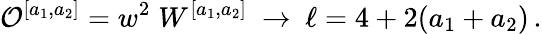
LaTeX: {\cal O}^{[a_{1},a_{2}]}=w^{2}\; W^{[a_{1},a_{2}]}\ \rightarrow\ \ell=4+2(a_{1}+a_{2})\, .